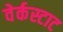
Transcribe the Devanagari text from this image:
वेर्कस्टाट